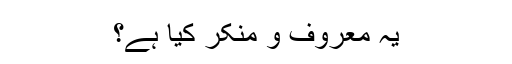
یہ معروف و منکر کیا ہے؟